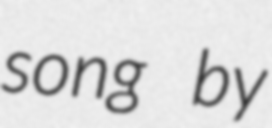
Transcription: song by